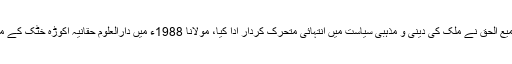
مولانا سمیع الحق نے ملک کی دینی و مذہبی سیاست میں انتہائی متحرک کردار ادا کیا، مولانا 1988ء میں دارالعلوم حقانیہ اکوڑہ خٹک کے مہتم بنے۔